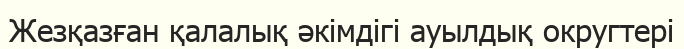
Жезқазған қалалық әкімдігі ауылдық округтері